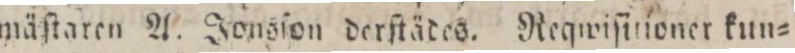
mäſtaren A. Jonsſon derftädes. Reqwiſitioner kun=